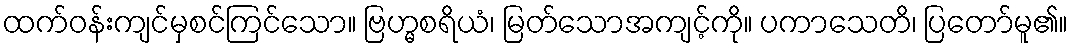
ထက်ဝန်းကျင်မှစင်ကြင်သော။ ဗြဟ္မစရိယံ၊ မြတ်သောအကျင့်ကို။ ပကာသေတိ၊ ပြတော်မူ၏။